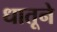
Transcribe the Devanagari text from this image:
धातूने